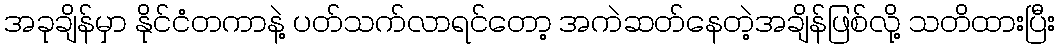
အခုချိန်မှာ နိုင်ငံတကာနဲ့ ပတ်သက်လာရင်တော့ အကဲဆတ်နေတဲ့အချိန်ဖြစ်လို့ သတိထားပြီး